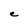
Character: e